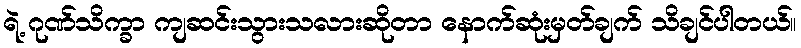
ရဲ့ ဂုဏ်သိက္ခာ ကျဆင်းသွားသလားဆိုတာ နောက်ဆုံးမှတ်ချက် သိချင်ပါတယ်။